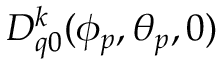
D _ { q 0 } ^ { k } ( \phi _ { p } , \theta _ { p } , 0 )